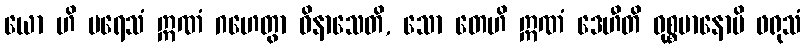
ယော ဟိ ပရေသံ ဣဏံ ဂဟေတွာ ဝိနာသေတိ, သော တေဟိ ဣဏံ ဒေဟီတိ ဝုစ္စမာနောပိ ဖရုသံ